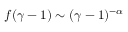
f ( \gamma - 1 ) \sim ( \gamma - 1 ) ^ { - \alpha }